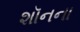
શૉનના